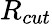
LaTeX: R_{cut}